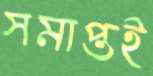
সমাপ্তই